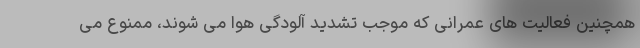
همچنین فعالیت های عمرانی که موجب تشدید آلودگی هوا می شوند، ممنوع می